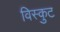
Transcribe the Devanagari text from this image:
विस्कुट